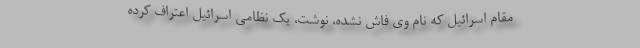
مقام اسرائیل که نام وی فاش نشده، نوشت، یک نظامی اسرائیل اعتراف کرده